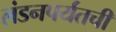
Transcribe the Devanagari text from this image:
लंडनपर्यंतची